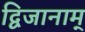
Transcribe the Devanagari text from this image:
द्विजानाम्